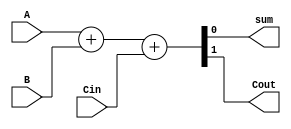
module FullAdder(
    input A,
    input B,
    input Cin,
    output sum,
    output Cout
    );
   assign {Cout,sum}=A+B+Cin;
   
endmodule